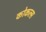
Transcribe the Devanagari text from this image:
कोकल्स